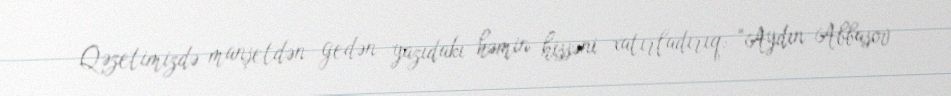
Qəzetimizdə manşetdən gedən yazıdakı həmin hissəni xatırladırıq: “Aydın Abbasov